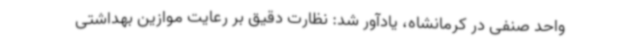
واحد صنفی در کرمانشاه، یادآور شد: نظارت دقیق بر رعایت موازین بهداشتی